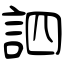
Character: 訵